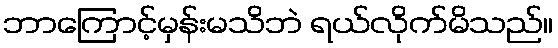
ဘာကြောင့်မှန်းမသိဘဲ ရယ်လိုက်မိသည်။